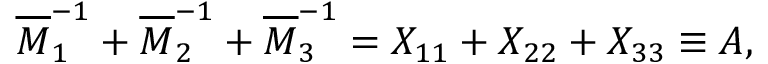
\overline { { { M } } } _ { 1 } ^ { - 1 } + \overline { { { M } } } _ { 2 } ^ { - 1 } + \overline { { { M } } } _ { 3 } ^ { - 1 } = X _ { 1 1 } + X _ { 2 2 } + X _ { 3 3 } \equiv A ,